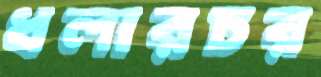
ধলারচর